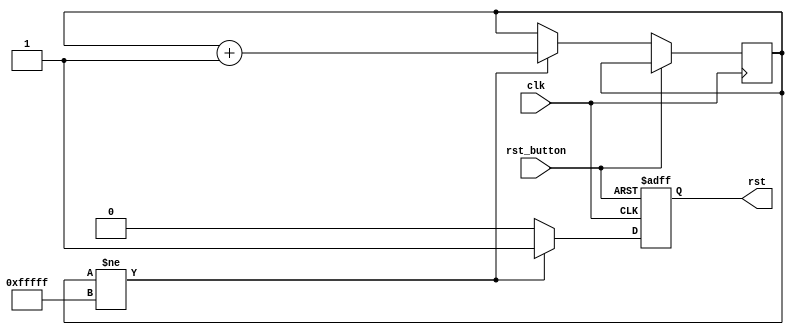
module ResetLogic(
    input clk,
    input rst_button,
    output reg rst
);

    parameter reset_val = 20'hfffff;
    reg [19:0] counter;

    always @(posedge clk, posedge rst_button)
    begin
        if (rst_button)
            rst <= 1'b1;
        else
        begin
            if (counter != reset_val)
            begin
                counter <= counter + 20'd1;
                rst <= 1'b1;
            end
            else
                rst <= 1'b0;
        end
    end
endmodule